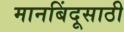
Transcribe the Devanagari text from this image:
मानबिंदूसाठी